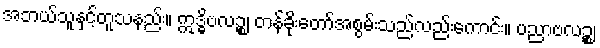
အဘယ်သူနှင့်တူသနည်း။ ဣဒ္ဓိဗလဉ္စ၊ တန်ခိုးတော်အစွမ်းသည်လည်းကောင်း။ ပညာဗလဉ္စ၊